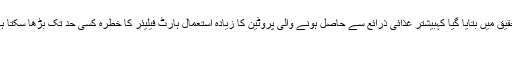
فن لینڈ کی ایسٹرن فن لینڈ یونیورسٹی کی تحقیق میں بتایا گیا کہبیشتر غذائی ذرائع سے حاصل ہونے والی پروٹین کا زیادہ استعمال ہارٹ فیلیئر کا خطرہ کسی حد تک بڑھا سکتا ہے، صرف مچھلی اور انڈے اس خطرے کا
باعث نہیں بنتے۔